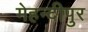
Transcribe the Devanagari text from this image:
मेहन्दीपुर